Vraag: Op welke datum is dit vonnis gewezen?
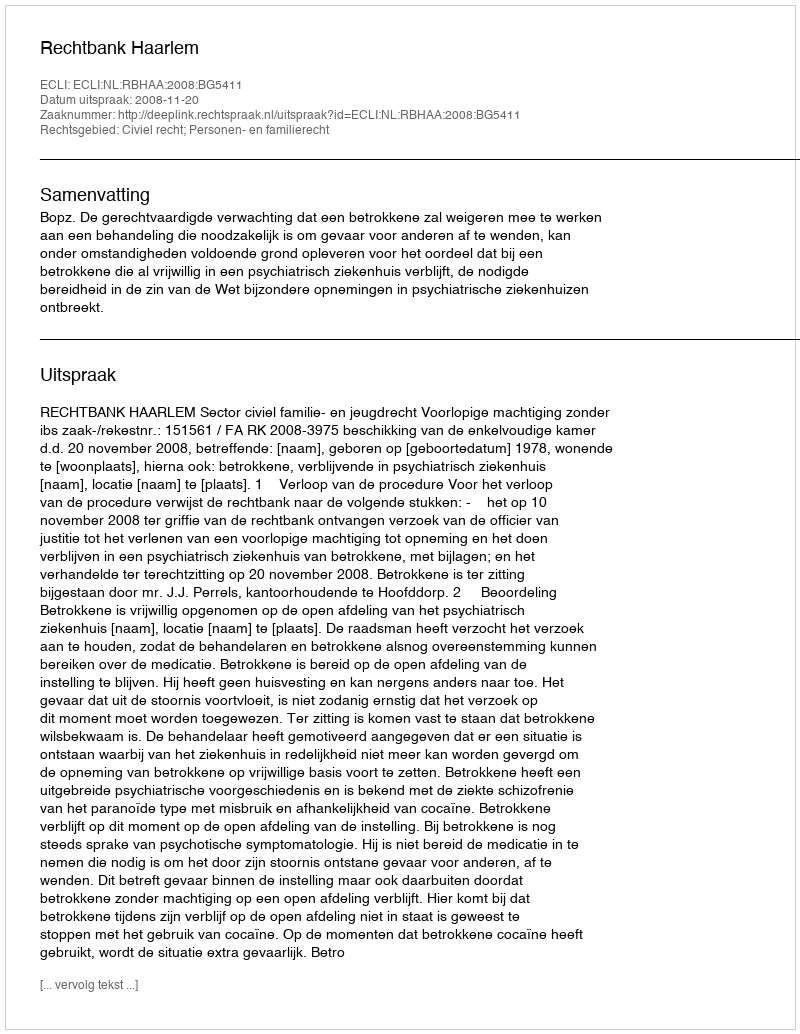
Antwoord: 2008-11-20